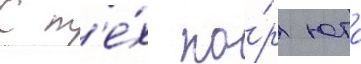
С т'е́х по́р юто